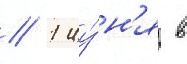
// 1 иу́н'я в